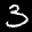
Label: 3